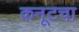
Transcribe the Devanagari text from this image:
कनूटचा